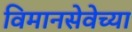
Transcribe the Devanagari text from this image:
विमानसेवेच्या